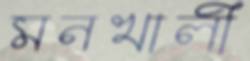
মনখালী